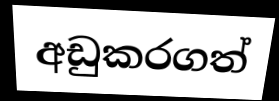
අඩුකරගත්